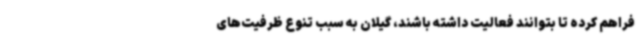
فراهم کرده تا بتوانند فعالیت داشته باشند، گیلان به سبب تنوع ظرفیت‌های